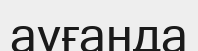
ауғанда